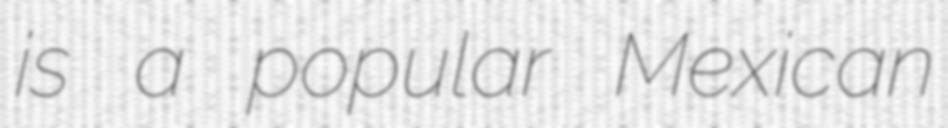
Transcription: is a popular Mexican